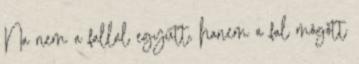
Na nem a fallal együtt, hanem a fal mögött